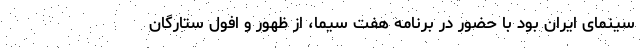
سینمای ایران بود با حضور در برنامه هفت سیما، از ظهور و افول ستارگان